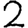
Digit: 2